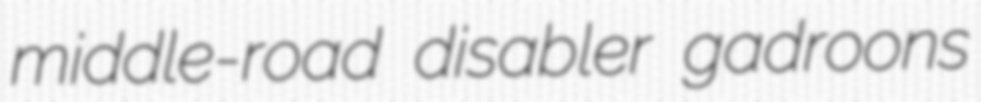
middle-road disabler gadroons